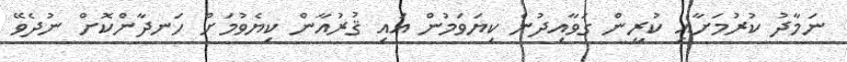
ނަމާދު ކުރުމަށާއި ކުރީން ގަވާއިދުން ކިޔަވަމުން އައި ޤުރުއާން ކިޔެވުމަށް ހަނދާންކޮށް ނުދެވޭ